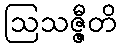
ဩသဇ္ဇီတိ